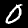
Label: 0